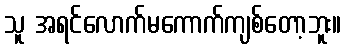
သူ အရင်လောက်မကောက်ကျစ်တော့ဘူး။